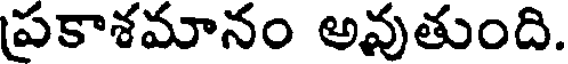
ప్రకాశమానం అవుతుంది.